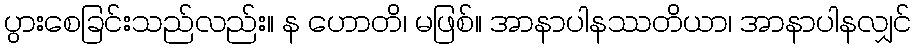
ပွားစေခြင်းသည်လည်း။ န ဟောတိ၊ မဖြစ်။ အာနာပါနဿတိယာ၊ အာနာပါနလျှင်